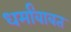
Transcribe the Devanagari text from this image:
धर्मांबाबत